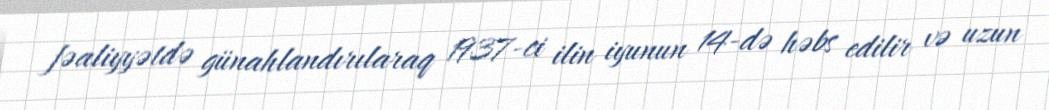
fəaliyyətdə günahlandırılaraq 1937-ci ilin iyunun 14-də həbs edilir və uzun